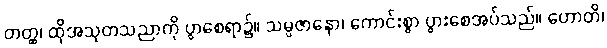
တတ္ထ၊ ထိုအသုတသညာကို ပွာစေရာ၌။ သမ္ပဇာနော၊ ကောင်းစွာ ပွားစေအပ်သည်။ ဟောတိ၊